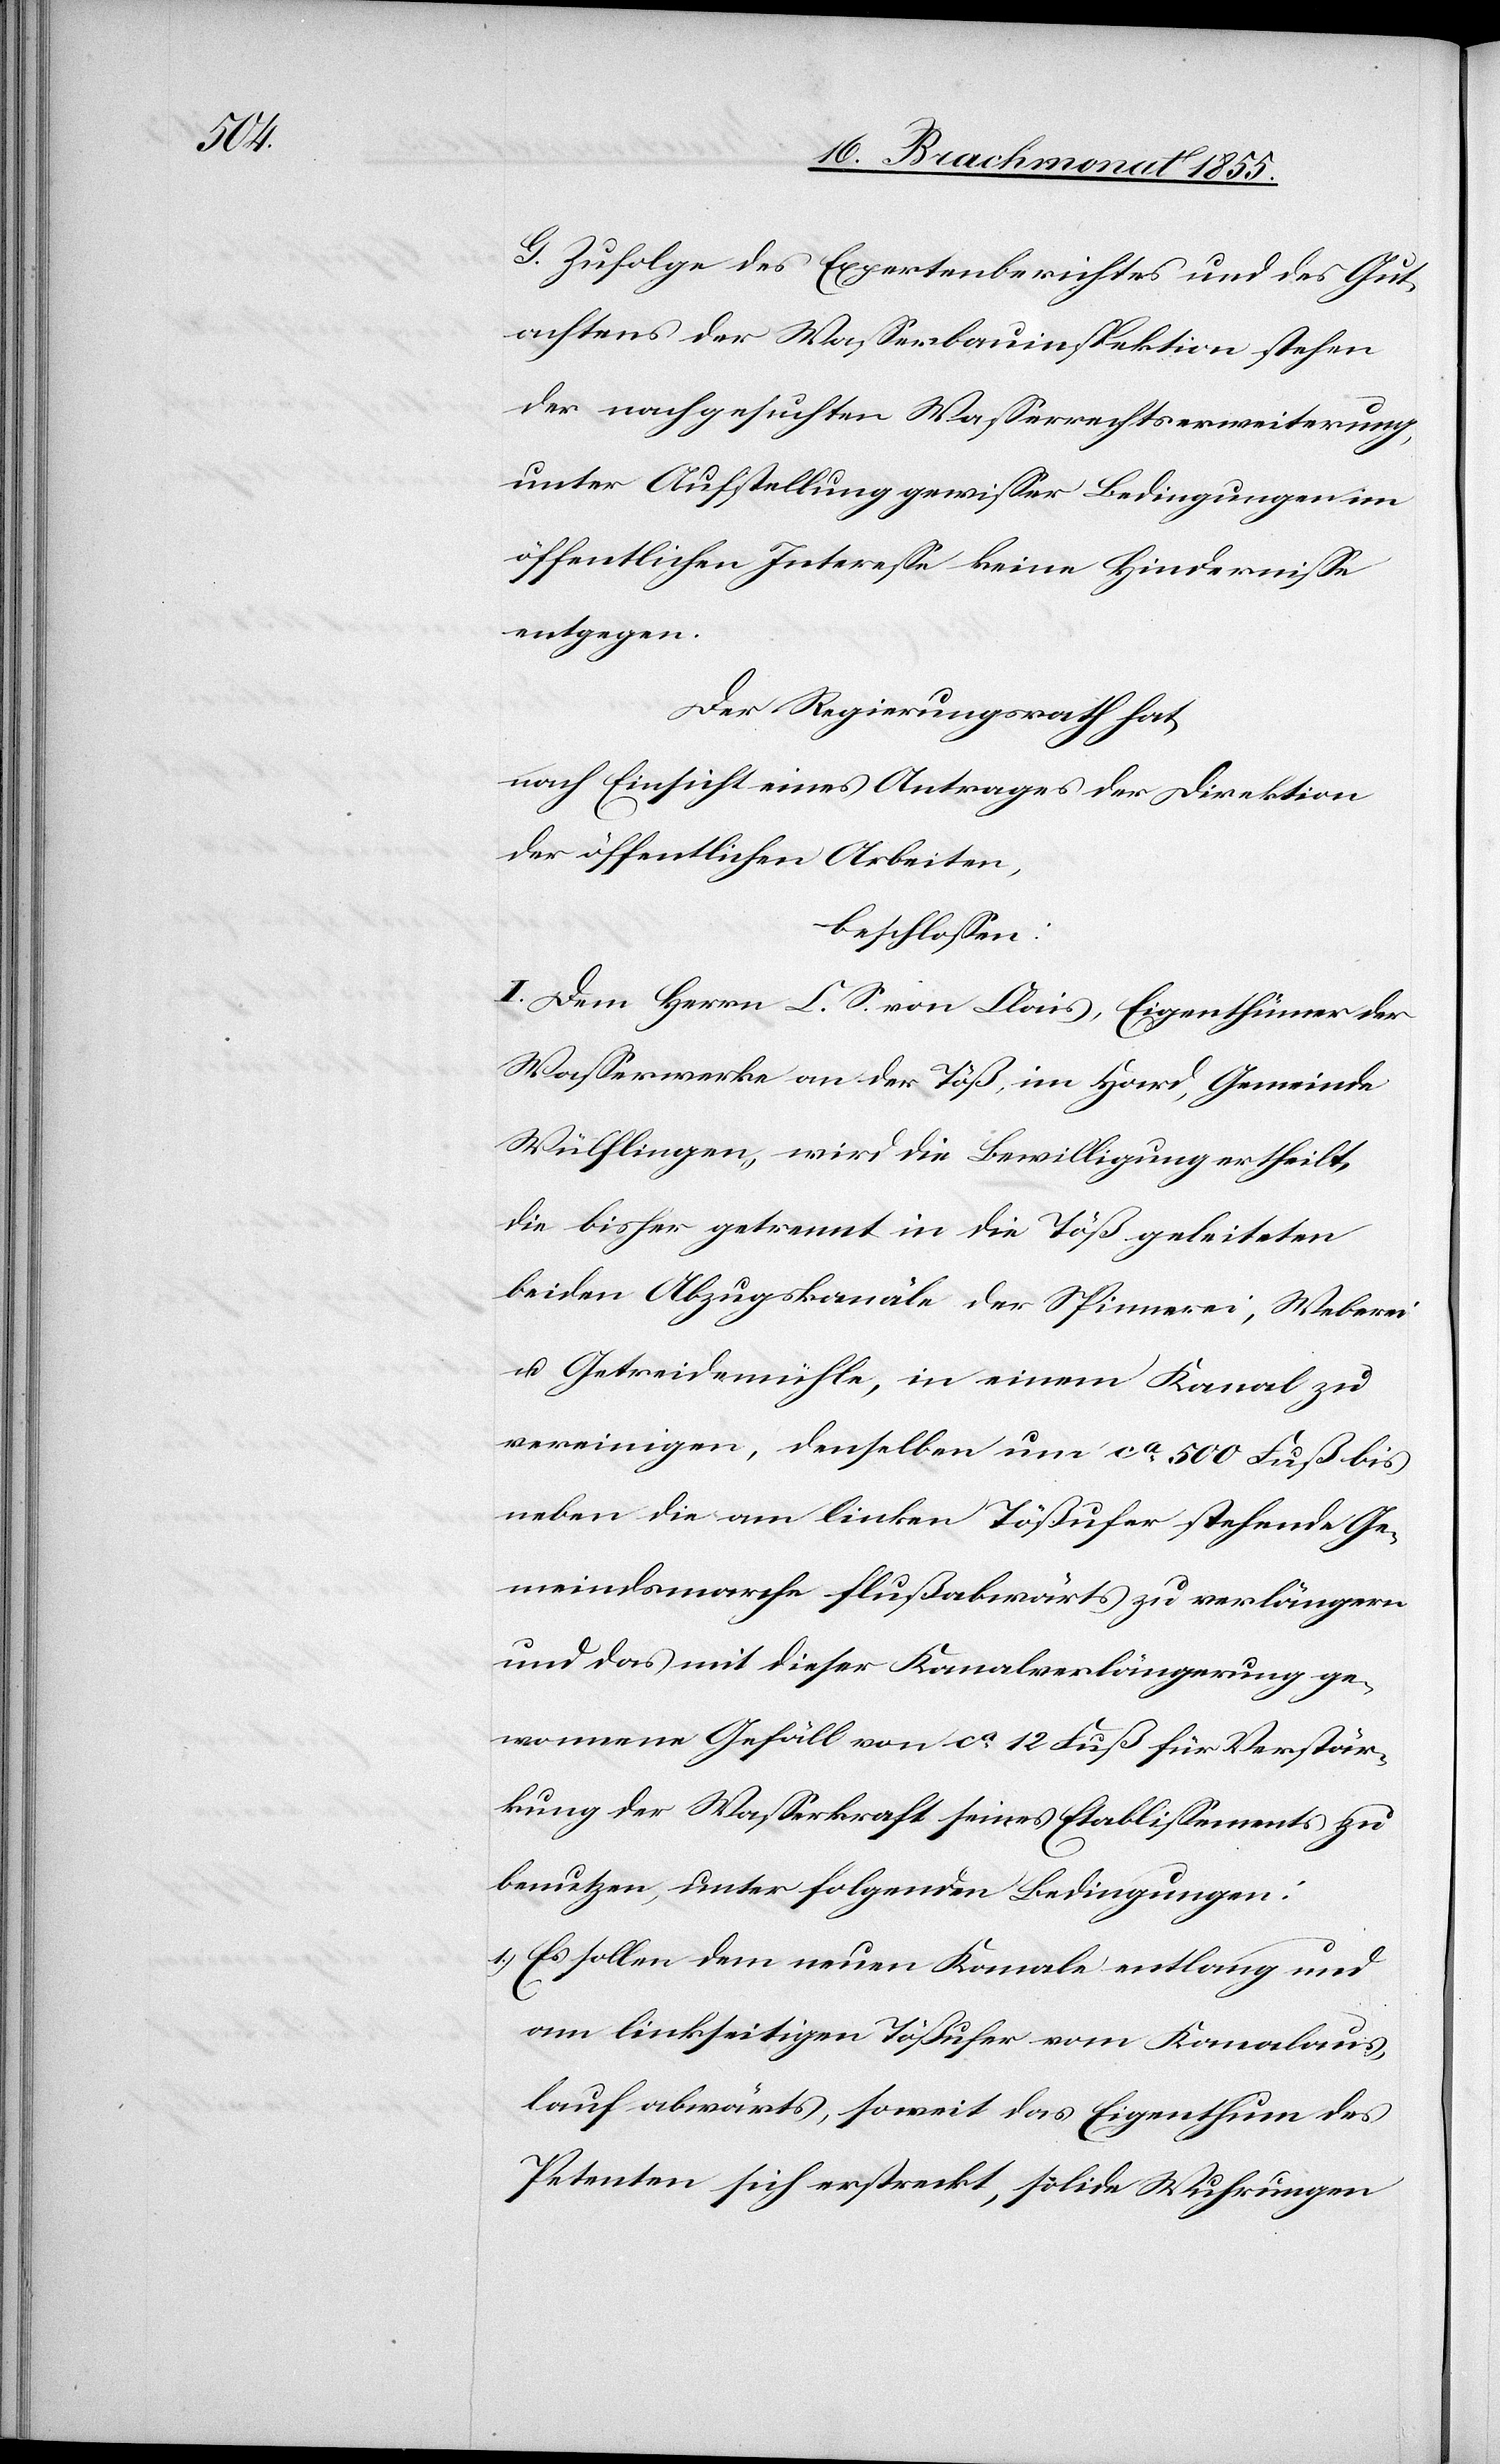
G. Zufolge des Expertenberichtes und des Gut¬
achtens der Wasserbauinspektion stehen
der nachgesuchten Wasserrechtserweiterung,
unter Aufstellung gewisser Bedingungen im
öffentlichen Interesse keine Hindernisse
entgegen.
Der Regierungsrath hat,
nach Einsicht eines Antrages der Direktion
der öffentlichen Arbeiten,
beschlossen:
I. Dem Herrn C. S. von Clais, Eigenthümer der
Wasserwerke an der Töß, im Hard, Gemeinde
Wülflingen, wird die Bewilligung ertheilt,
die bisher getrennt in die Töß geleiteten
beiden Abzugskanäle der Spinnerei, Weberei
u. Getreidemühle, in einem Kanal zu
vereinigen, denselben um ca. 500 Fuß bis
neben die am linken Tößufer stehende Ge¬
meindsmarche flußabwärts zu verlängern
und das mit dieser Kanalverlängerung ge¬
wonnene Gefäll von ca. 12 Fuß für Verstär¬
kung der Wasserkraft seines Etablissements zu
benutzen, unter folgenden Bedingungen:
Es sollen dem neuen Kanale entlang und
am linkseitigen Tößufer vom Kanalaus¬
lauf abwärts, soweit das Eigenthum des
Petenten sich erstreckt, solide Wuhrungen